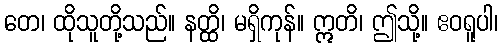
တေ၊ ထိုသူတို့သည်။ နတ္ထိ၊ မရှိကုန်။ ဣတိ၊ ဤသို့။ ဧဝရူပါ၊